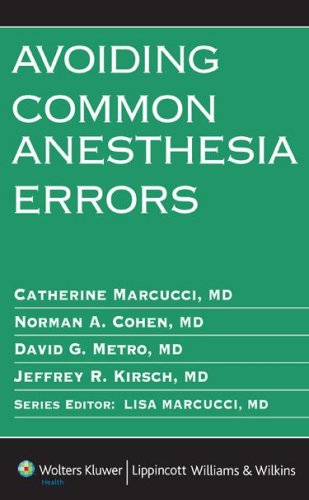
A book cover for Avoiding Common Anesthesia Errors (Lippincott Williams & Wilkins Handbook); Medical Books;